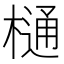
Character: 樋